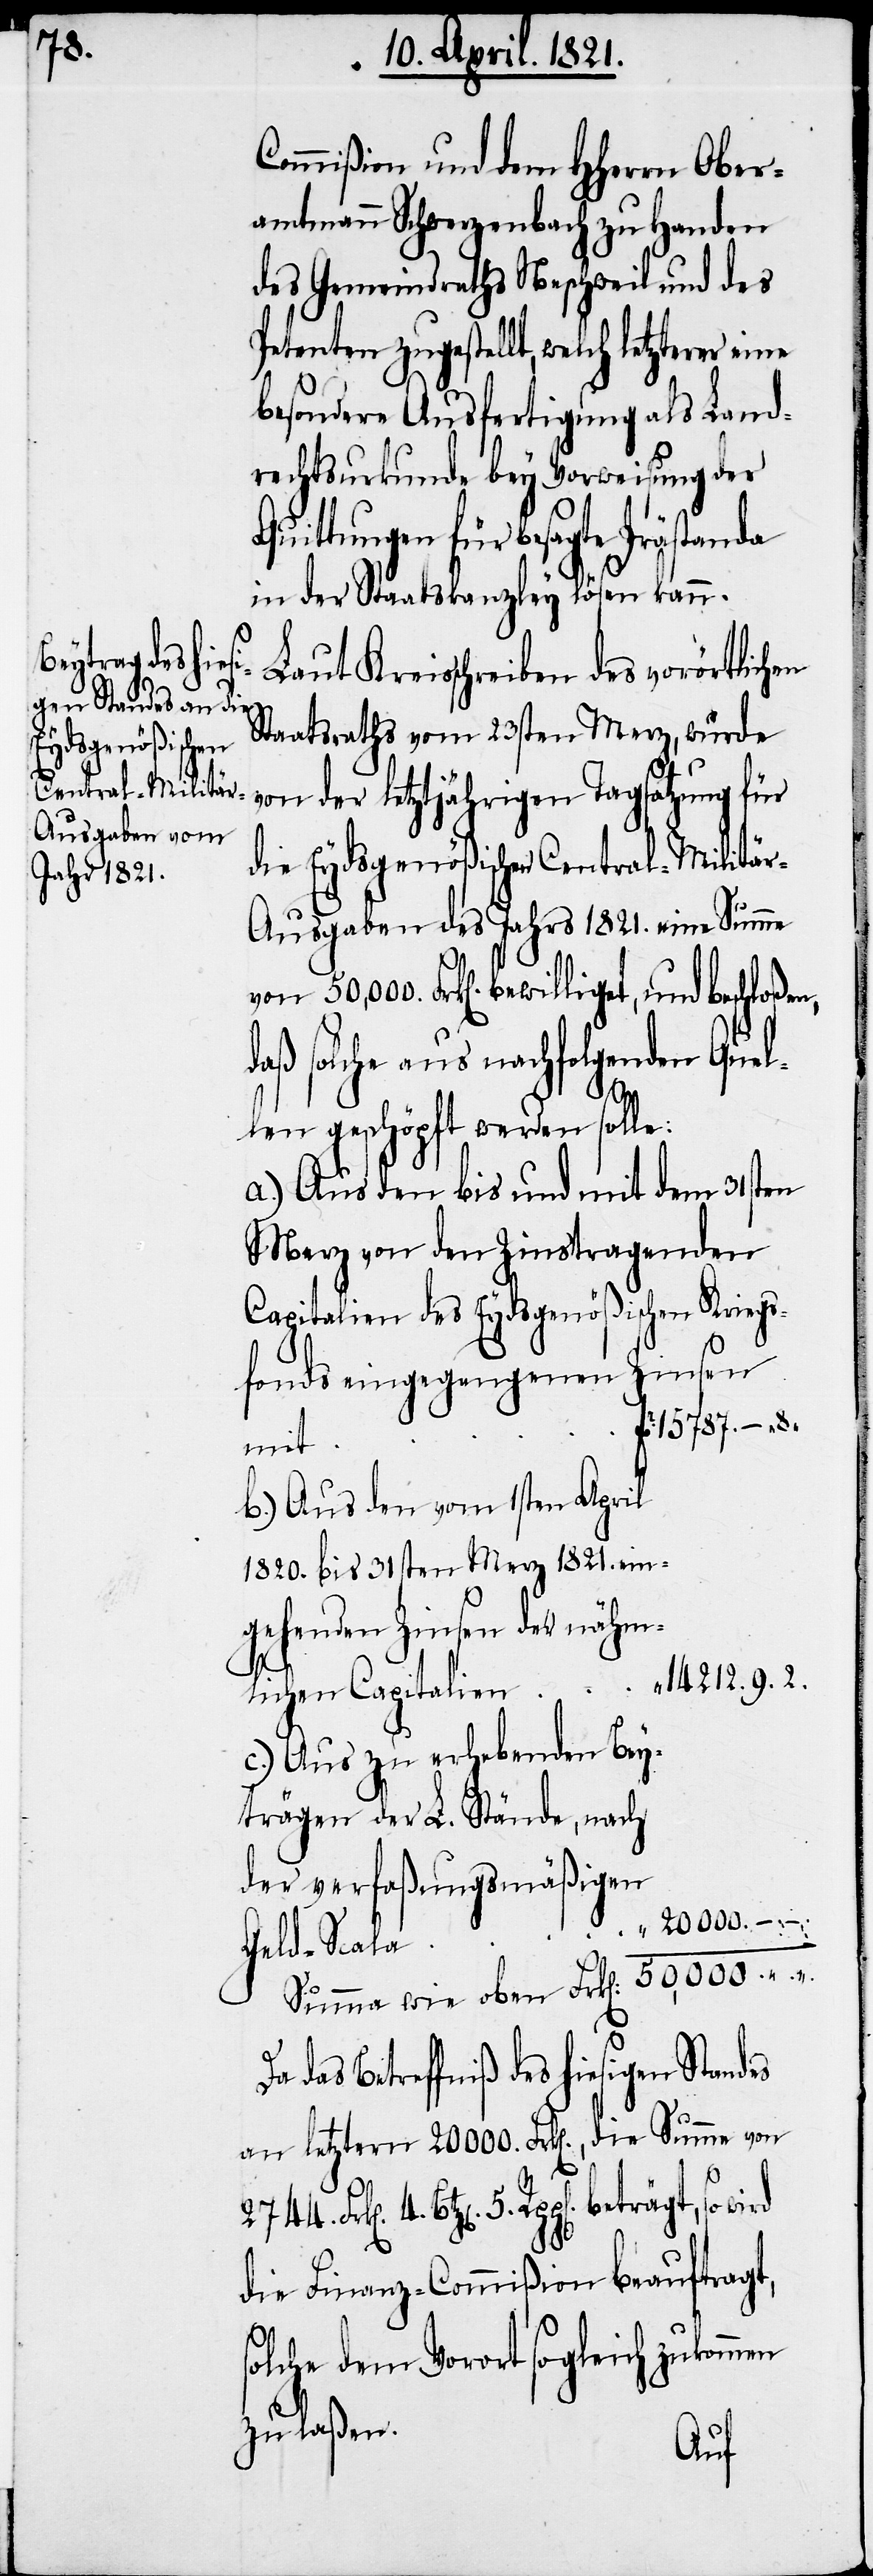
Commißion und dem HHerrn Ober¬
amtmann Schwerzenbach zu Handen
des Gemeindraths Neschweil und des
Petenten zugestellt, welch letzterer
besondere Ausfertigung als Land¬
rechtsurkunde bey Vorweisung der
Quittungen für besagte Prästanda
in der Staatskanzley lösen kann.
Laut Kreisschreiben des vorörtlichen
Staatsraths vom 23sten Merz, wurde
von der letztjährigen Tagsatzung für
die Eydsgenößischen Central-Militä¬
r-Ausgaben des Jahrs 1821. eine Summe
daß solche aus nachfolgenden Quel¬
len geschöpft werden solle:
a.) Aus den bis und mit dem 31sten
Merz von den Zinstragenden
Capitalien des Eydsgenößischen Kriegs¬
fonds eingegangenen Zinsen
15 787.– 8
mit
b.) Aus den vom 1sten April
1820. bis 21sten Merz 1821. ein¬
gehenden Zinsen der nähm¬
14 212. 9. 2.
s¬
lichen Capitalien
c.) Aus zu erhebenden Bey¬
trägen der L. Stände, nach
der verfaßungsmäßigen
20 000.
4.
Geld-Scala
das Betreffniß des hiesigen Standes
Btz[en]. 5. Rpp[en]. beträgt, so
die Finanz-Commißion beauftragt,
olche dem Vorort sogleich zukommen
zu laßen.